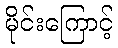
မိုင်းကြောင့်